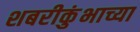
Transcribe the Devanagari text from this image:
शबरीकुंभाच्या